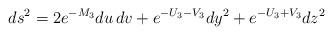
LaTeX: \begin{align*}ds^{2}=2e^{-M_{3}}du\,dv+e^{-U_{3}-V_{3}}dy^{2}+e^{-U_{3}+V_{3}}dz^{2}\end{align*}